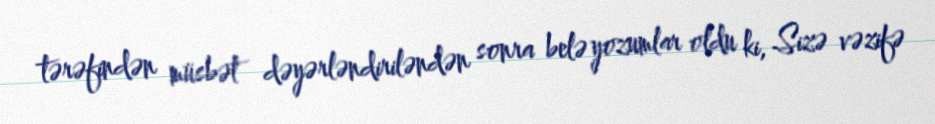
tərəfindən müsbət dəyərləndiriləndən sonra belə yozumlar oldu ki, Sizə vəzifə